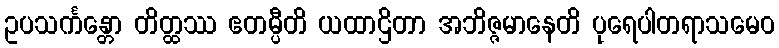
ဥပသင်္ကန္တော တိတ္ထဿ ဧတမ္ပီတိ ယထာဌိတာ အဘိဇ္ဇမာနေတိ ပုရေပါတရာသမေဝ